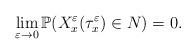
LaTeX: \begin{align*} \lim_{{\varepsilon} \to 0} {\mathbb{P}}(X^{\varepsilon}_x(\tau^{\varepsilon}_x) \in N) = 0.\end{align*}